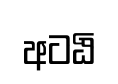
අටඨි